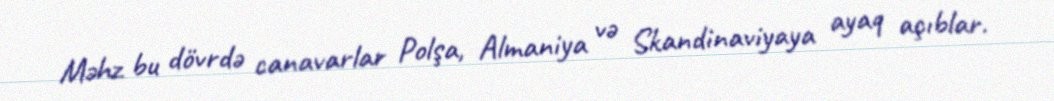
Məhz bu dövrdə canavarlar Polşa, Almaniya və Skandinaviyaya ayaq açıblar.